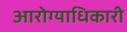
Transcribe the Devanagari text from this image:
आरोग्याधिकारी